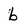
Character: b